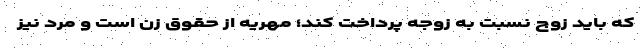
که باید زوج نسبت به زوجه پرداخت کند؛ مهریه از حقوق زن است و مرد نیز